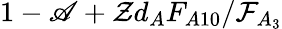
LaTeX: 1-\mathscr{A}+\mathcal{{Z}}d_{A}F_{A10}/\mathcal{{F}}_{A_{3}}